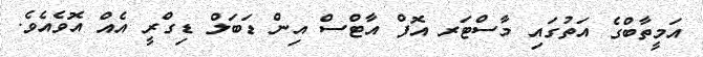
އަމީތާބްގެ އަތުގައި މާސްޓަރ އޮފް އާޓްސް އިން ޑަބަލް ޑިގްރީ އެއް އޮވެއެވެ.